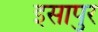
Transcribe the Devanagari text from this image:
इसापुर